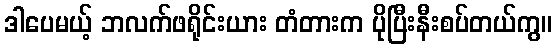
ဒါပေမယ့် ဘလက်ဖရိုင်းယား တံတားက ပိုပြီးနီးစပ်တယ်ကွ။